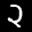
Label: 2